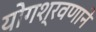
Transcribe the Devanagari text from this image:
योगश्रवणाने